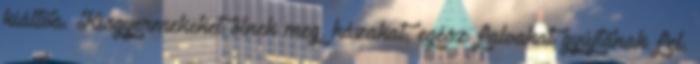
kiáltva. Kisgyermekeket ölnek meg, házakat, egész falvakat gyújtanak fel,